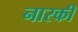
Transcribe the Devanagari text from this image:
नारकी